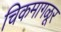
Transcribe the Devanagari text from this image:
चिकमागळूर